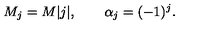
M _ { j } = M | j | , \qquad \alpha _ { j } = ( - 1 ) ^ { j } .